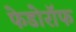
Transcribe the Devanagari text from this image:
फेडोरॉफ